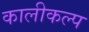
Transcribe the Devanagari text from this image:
कालीकल्प